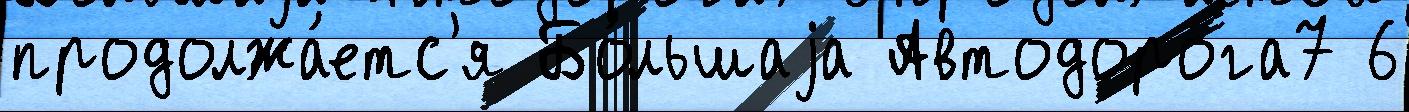
продолжа́етс'я Бо́льшаjа Автодорога7 6